Senior Leaving Certificate Examination (including Day School Certificate (Higher) General paper), 1950
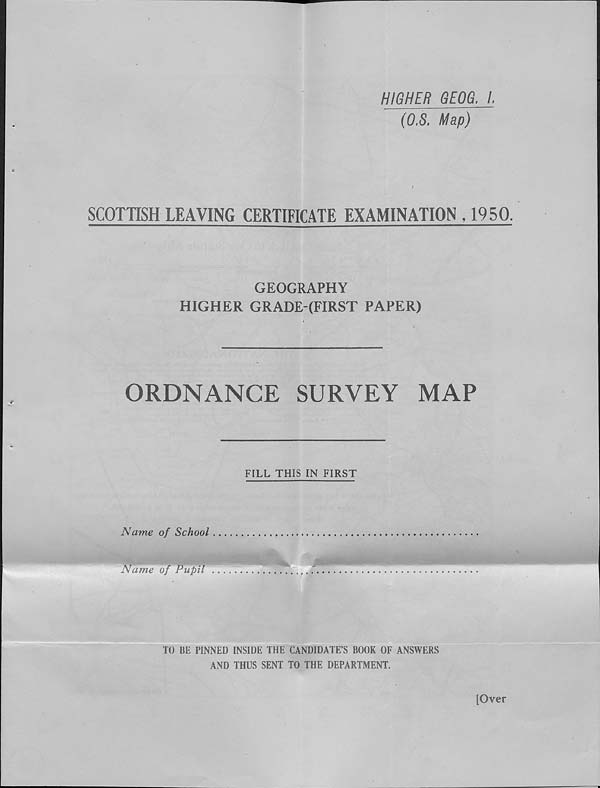
HIGHER GEOG. /■
(0.5. Map)
SCOTTISH LEAVING CERTIFICATE EXAMINATION , 1950.
GEOGRAPHY
HIGHER GRADE-(FIRST PAPER)
ORDNANCE
SURVEY
MAP
FILL THIS IN FIRST
Name of School
Name of Pupil
TO BE PINNED INSIDE THE CANDIDATE’S BOOK OF ANSWERS
AND THUS SENT TO THE DEPARTMENT.
[Over